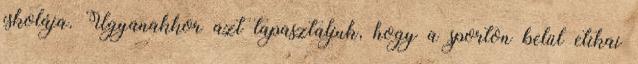
iskolája. Ugyanakkor azt tapasztaljuk, hogy a sporton belül etikai